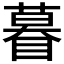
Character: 𬑤